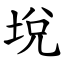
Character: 㙂